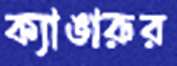
ক্যাঙারুর